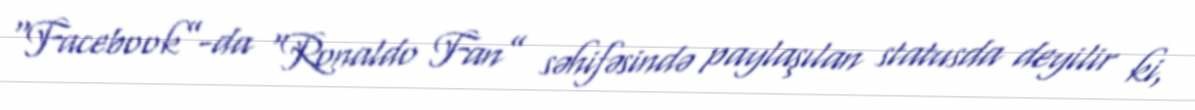
“Facebook”-da “Ronaldo Fan” səhifəsində paylaşılan statusda deyilir ki,